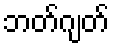
ဘတ်ဂျတ်